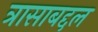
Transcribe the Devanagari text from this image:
त्रासाबद्दल